Medical and sanitary report of the native army of Madras for the year
Year: 1876
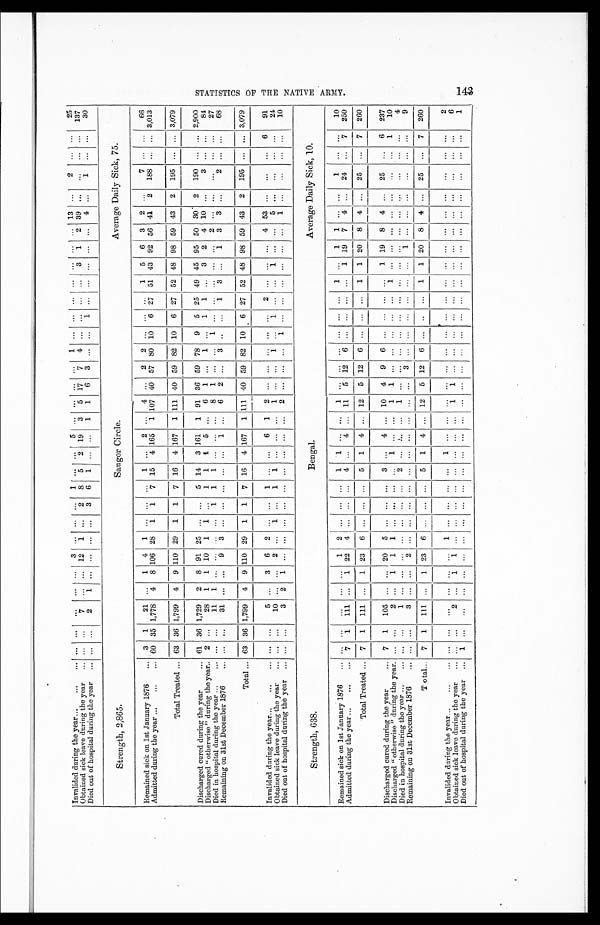
Invalided during the year ...
...
... ... ... ...
... ... 3
... ... ... 1 ... ... 5 ... ... ... ... 1
... ... ... ... ... ... ... 13 ... 2
... ... 25
Obtained sick leave during the year ... ... ...
7
... ...
12
1 ...
2
8
5
2 19
3
5 17
7
4 ... ... ... ...
3
1
2 39 ...
...
... ...
137
Died out of hospital during the year
... ... ...
2
1 ... ... ... ... 3 6 1 ... ... 1 1
6 3 ... ... 1 ... ... ... ... ...
4 ...
1
... ...
30
Strength, 2,865.
Saugor Circle.
Average Daily Sick, 75.
Remained sick on 1st January 1876
... 3
1
21 ...
1
I
4
1 ... ...
...
1
...
2
...
4
...
2
2
... ... ...
1
5
6
3
2 ...
7 ... ...
66
Admitted during the year ...
... ...
60 35 1,778 4
8 106 28 1
1
7 15 4 165 1 107 40 57 80 10
6 27 51 43 92 56 41
2
188 ... ... 3,013
Total Treated ...
63
36 1,799
4
9
110
29
1
1
7 16
4 167
1 111 40 59 82 10
6 27 52 48 98 59 43
2
195 ... ... 3,079
Discharged cured during the year
... 61 36 1,729
2
8 91 25 ...
... 5 14
3 161
1 91 36 59 78
9
5 25 49 45 95 50 30
2
190 ...
2,900
Discharged " otherwise " during the year.. 2 ...
28
1
1 10
1
1 ...
1
1
1
5 ...
6
1 ...
1 ..
1
1 ...
3
2
4 10 ...
3 ...
...
84
Died in hospital during the year ...
... ... ...
11
1 ... ... ... ... 1 1 1 ... ... 8 1
... ... ... 1 ... ... ... ... ... 2 ...
...
...
... ...
27
Remaining on 31st December 1876 ...
... ...
31 ... ...
9
3 ...
... ... ... ...
1 ...
6
2 ... 3 ... ...
1
3 ...
1 3
3 ...
2 ... ...
68
Total ... 63 36 1,799 4
9 110 29
1
1
7 16
4 167
1 111 40 59 82 10
6 27 52 48 98 59 43
2
195 ... ... 3,079
Invalided during the year... ...
... ... ...
5 ...
3
6
2 ... ...
1 ... ...
6
1
2 ... ... ... ... ...
2 ... ... ...
4 53 ...
...
...
6
91
Obtained Sick leave during the year
... ... ...
10 ...
...
2 ...
1
...
1
1 ... ... ... 1
... ... 1
... 1 ... ... 1 ... ... 5
...
...
...
...
24
Died out of hospital during the year ...
... ...
3 2
1 ... ... ... ... ... ... ... ... ...
2 ... ... ... 1 ... ... ... ... ... ... 1 ... ...
... ... 10
Strength, 638.
Bengal.
Average Daily Sick, 10.
Remained Sick on 1st January 1876
... ... ...
...
... ...
1
2 ... ... ... 1 1
... ... 1
... ... ... ... ... ... 1 ... 1 1 ... ... 1
... ... 10
Admitted during the year ...
...
... 7
1
111 ...
1 22 4
...
... ...
4 ...
4
. .. 11 5 12
6 ... ... ... ...
1 19
7
4 ...
24
...
7
250
Total Treated ... 7
1
111
. . .
1 23
6 ... ... ...
5
1
4 ... 12
5 12
6 ...
... ...
1
1 20
8
4 ...
25
7
7
260
Discharged cured during the year
... 7
1
105 ... ... 20
5
...
...
...
3 ...
4 ...
10
4
9
6
...
...
... ...
1 19
8
4 ...
25
...
6
237
Discharged " otherwise " during the year. ... ...
2 ...
1
1
1 ... ... ... ... 1
... ... 1
1 ... ... ... ... ... 1 ... ... ... ... ... ...
...
1
10
Died in hospital during the year ...
... ... ...
1 ... ... ... ... ... ... ... 2 ... ... ... 1
... ... ... ... ... ... ... ... ... ... ... ... ...
... ...
4
Remaining on 31st December 1876
... ... ...
3
......
2 ... ... ... ... ... ... ... ... ... ...
3 ... ... ... ... ... ...
1 ... ... ... ...
... ...
9
T o tal...
7
1
111
. . .
1 23
6 ...
. . .
. . . 5
1
4 ... 12
5 12
6
. . .
. . . ...
1
1 20
8
4
. . .
25
...
7
2 6 0 _
Invalided during the year...
...
...
... ... ...
...
...
. . . ...
1
. . .
...
. . .
. . .
1 ... ... ... ... ... ...
...
... ... ...
. . .
...
... ... ...
...
... ...
2
Obtained Sick leave during the year
. . . ... . . .
2 ...
1
1 ... ... ...
...
... ... ...
...
1
1
. . . ... ... ... ... ... ... ... ... ... ...
...
... ...
6
Died out of hospital during the year ... 1 ...
...
... ...
. . . . . .
...
. . . . . .
... ...
. . .
. . . ... ... ...
...
...
... ... ...
. . .
. . . .
•...
...
. . . .
. . .
• ••
•••
1
S t a t i o n s o f t h e n a t i b e a r m y .
-
I-d
P-3
-
t-1
):3k
tt
,°-
El"
1 4 3
FP.-
ESn3